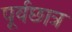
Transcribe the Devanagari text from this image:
पूर्वछात्र